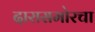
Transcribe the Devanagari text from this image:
दारासमोरचा